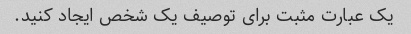
یک عبارت مثبت برای توصیف یک شخص ایجاد کنید.